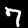
Digit: 7